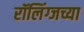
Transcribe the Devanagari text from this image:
रॉलिंग्जच्या